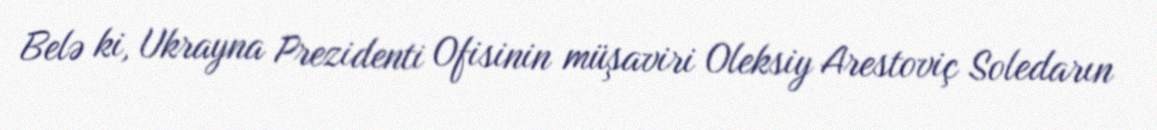
Belə ki, Ukrayna Prezidenti Ofisinin müşaviri Oleksiy Arestoviç Soledarın